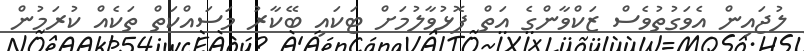
ލުޖައިން އެވަގުތުވެސް ޒަކްވާންގެ އަތް ފޮޅުވާލުމަށް ޓަކައި ބޭކާރު މަސައްކަތް ތަކެއް ކުރަމުން